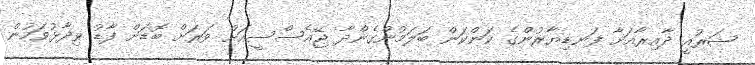
ޝަރުއީ ދާއިރާއަށާ ފަނޑިޔާރުންގެ ކަންކަން ބަލަމުންގެންދާ ޖޭއެސްސީއަށް ވަރަށް ބޮޑަށް ފާޑު ވިދާޅުވަމުން